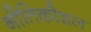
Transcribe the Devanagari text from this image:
नीतिकौशल